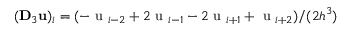
( \mathbf { D } _ { 3 } \mathbf { u } ) _ { i } = ( - \mathrm { ~ u ~ } _ { i - 2 } + 2 \mathrm { ~ u ~ } _ { i - 1 } - 2 \mathrm { ~ u ~ } _ { i + 1 } + \mathrm { ~ u ~ } _ { i + 2 } ) / ( 2 h ^ { 3 } )